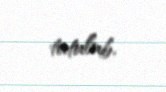
tutulub.